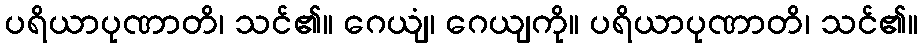
ပရိယာပုဏာတိ၊ သင်၏။ ဂေယျံ၊ ဂေယျကို။ ပရိယာပုဏာတိ၊ သင်၏။